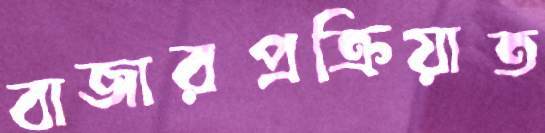
বাজারপ্রক্রিয়াত